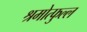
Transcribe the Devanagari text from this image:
श्रमोत्फुल्ल